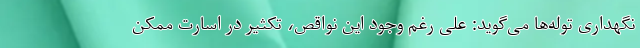
نگهداری توله‌ها می‌گوید: علی رغم وجود این نواقص، تکثیر در اسارت ممکن